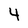
Character: 4